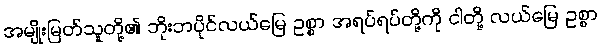
အမျိုးမြတ်သူတို့၏ ဘိုးဘပိုင်လယ်မြေ ဥစ္စာ အရပ်ရပ်တို့ကို ငါတို့ လယ်မြေ ဥစ္စာ